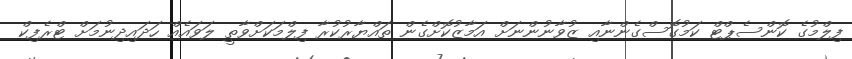
ފިލްމުގެ ކޮންސެޕްޓް ކަމުގޮސްގެންނާއި ޒުވާނުންނަށް އަމާޒުކޮށްގެން ތައްޔާރުކުރާ ފިލްމަކަށްވާތީ ލަވައެއް ހަދައިދިނުމަށް ޓްރެފިކް